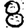
Digit: 8